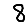
Digit: 8